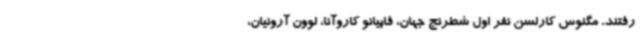
رفتند. مگنوس کارلسن نفر اول شطرنج جهان، فابیانو کاروآنا، لوون آرونیان،